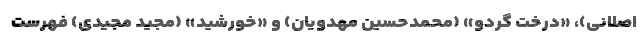
اصلانی)، «درخت گردو» (محمدحسین مهدویان) و «خورشید» (مجید مجیدی) فهرست